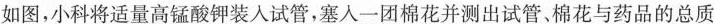
如图，小科将适量高锰酸钾装入试管，塞入一团棉花并测出试管、棉花与药品的总质